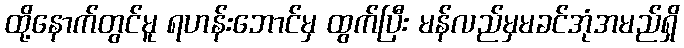
ထို့နောက်တွင်မူ ရဟန်းဘောင်မှ ထွက်ပြီး မန်လည်မှမခင်အုံအမည်ရှိ